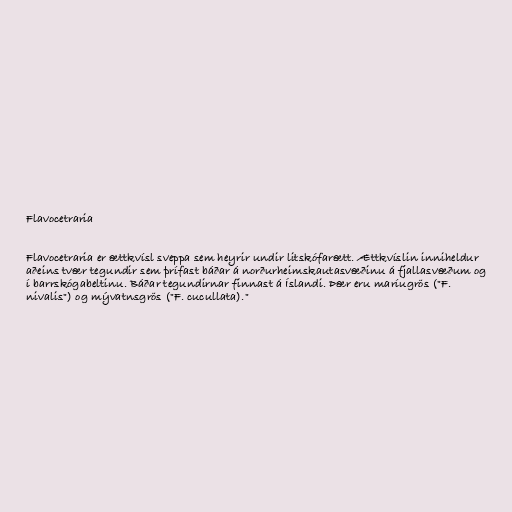
Flavocetraria

Flavocetraria er ættkvísl sveppa sem heyrir undir litskófarætt. Ættkvíslin inniheldur
aðeins tvær tegundir sem þrífast báðar á norðurheimskautasvæðinu á fjallasvæðum og
í barrskógabeltinu. Báðar tegundirnar finnast á Íslandi. Þær eru maríugrös ("F.
nivalis") og mývatnsgrös ("F. cucullata)."